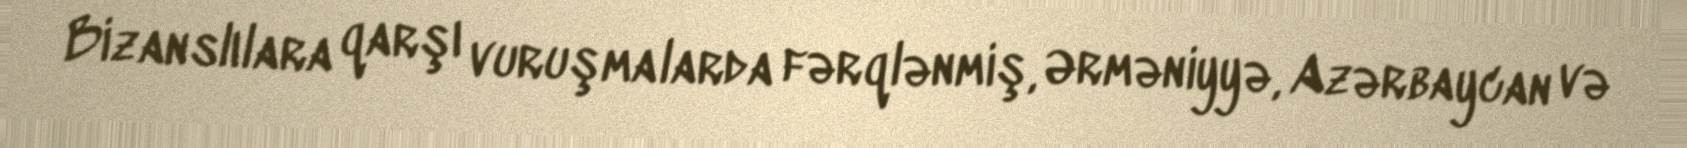
Bizanslılara qarşı vuruşmalarda fərqlənmiş, Ərməniyyə, Azərbaycan və